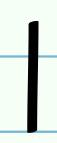
l